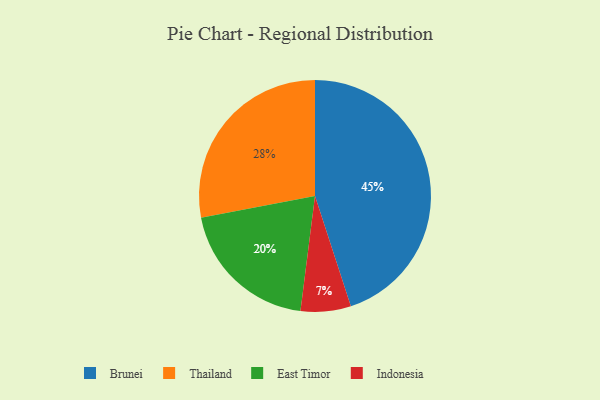
{"axis": {"x": "Category", "y": "Percentage"}, "legend": ["Brunei", "East Timor", "Indonesia", "Thailand"], "data": [{"x": "Thailand", "y": 28, "type": "Thailand"}, {"x": "Brunei", "y": 45, "type": "Brunei"}, {"x": "East Timor", "y": 20, "type": "East Timor"}, {"x": "Indonesia", "y": 7, "type": "Indonesia"}]}